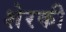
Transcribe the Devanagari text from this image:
शेरकी